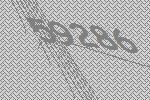
59286